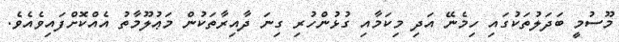
މޫސުމީ ބަދަލުތަކުގައި ހިމެނޭ އަދި މިކަމާއި ގުޅުންހުރި ގިނަ ދާއިރާތަކުން މަޢުލޫމާތު އެއްކޮށްފައިވެއެވެ.